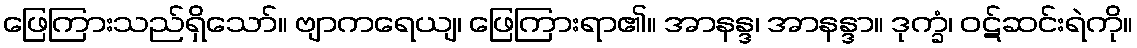
ဖြေကြားသည်ရှိသော်။ ဗျာကရေယျ၊ ဖြေကြားရာ၏။ အာနန္ဒ၊ အာနန္ဒာ။ ဒုက္ခံ၊ ဝဋ်ဆင်းရဲကို။